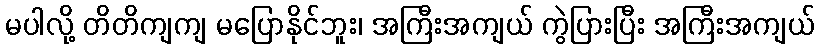
မပါလို့ တိတိကျကျ မပြောနိုင်ဘူး၊ အကြီးအကျယ် ကွဲပြားပြီး အကြီးအကျယ်